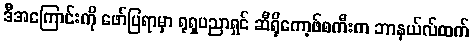
ဒီအကြောင်းကို ဖော်ပြရာမှာ ရုရှပညာရှင် ဆီရိုကော့ဖ်စကီးက ဘာနယ်လ်ထက်